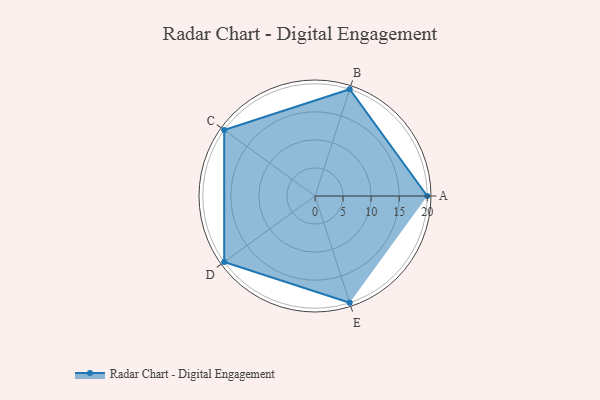
{"axis": {"x": "Skill", "y": "Score"}, "legend": ["Profile"], "data": [{"x": "A", "y": 20, "type": "Profile"}, {"x": "B", "y": 20, "type": "Profile"}, {"x": "C", "y": 20, "type": "Profile"}, {"x": "D", "y": 20, "type": "Profile"}, {"x": "E", "y": 20, "type": "Profile"}]}